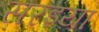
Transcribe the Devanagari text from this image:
सरइया